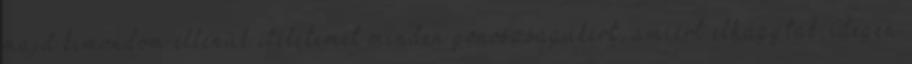
majd kimondom ellenük ítéletemet minden gonoszságukért, amiért elhagytak; idegen